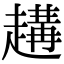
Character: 𧽝